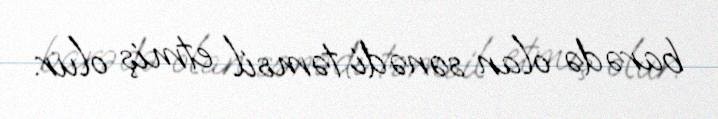
barədə olan sənədi təmsil etmiş olur.